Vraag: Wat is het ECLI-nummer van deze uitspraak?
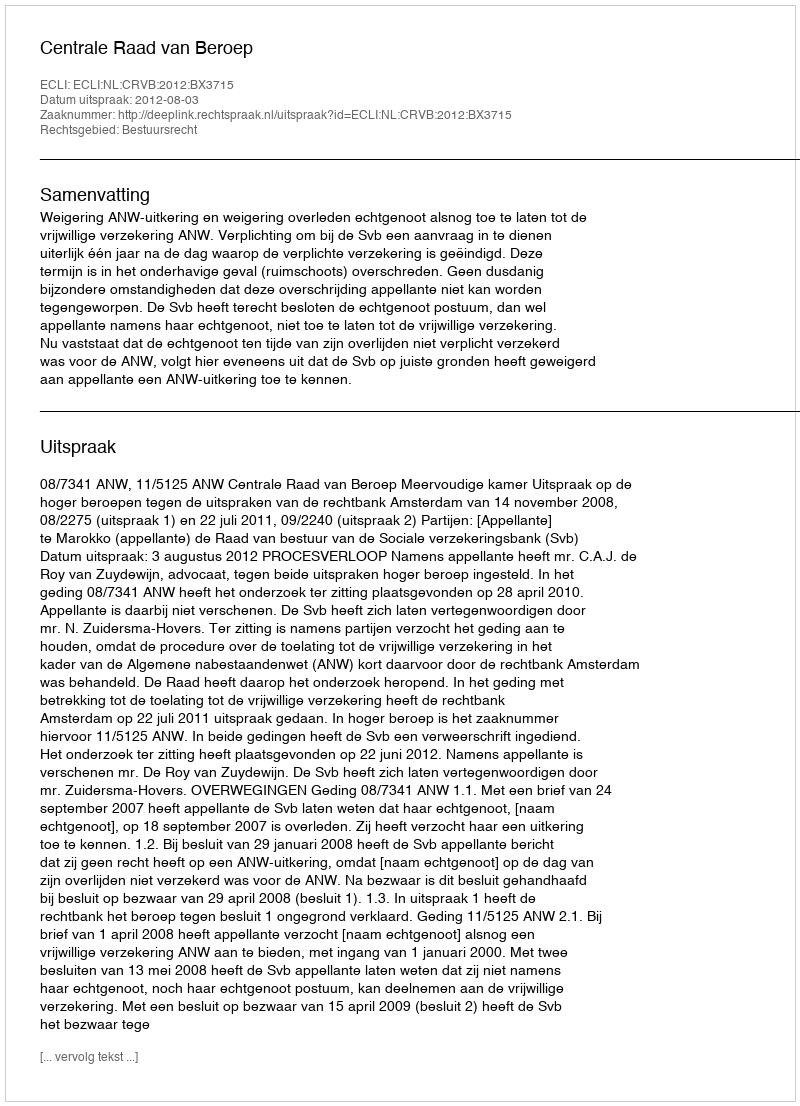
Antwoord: ECLI:NL:CRVB:2012:BX3715